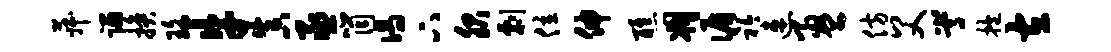
菽蹋换珞牛真丞筒偈下服剽位伸醮凋循衿速盈仿父嵩抱左